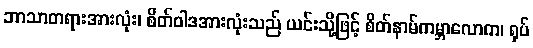
ဘာသာတရားအားလုံး၊ စိတ်ဝါဒအားလုံးသည် ယင်းသို့ဖြင့် စိတ်နာမ်ကမ္ဘာလောက၊ ရုပ်